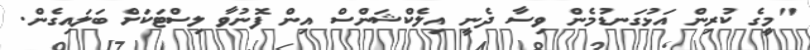
"މީގެ ކުރިން އަޅުގަނޑުމެން ވިސާ ދެނީ އިލެކްޝަންސް އިން ފޮނުވާ ލިސްޓަކަށް ބަލައިގެން.